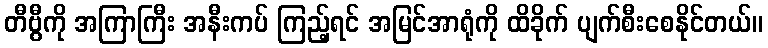
တီဗွီကို အကြာကြီး အနီးကပ် ကြည့်ရင် အမြင်အာရုံကို ထိခိုက် ပျက်စီးစေနိုင်တယ်။